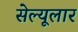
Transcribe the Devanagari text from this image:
सेल्यूलार